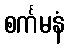
စင်္ကမနံ